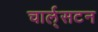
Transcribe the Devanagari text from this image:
चार्ल्‌सटन